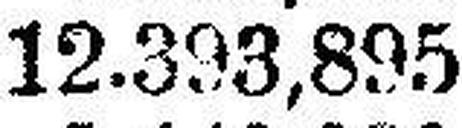
12.393,895